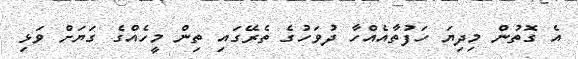
އެ ގޮތުން މިދިޔަ ހަފުތާއެއްހާ ދުވަހުގެ ތެރޭގައި ތިން މީހެއްގެ ގަޔަށް ވަޅި